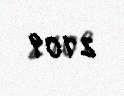
2109